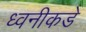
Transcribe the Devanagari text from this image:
ध्वनीकडे